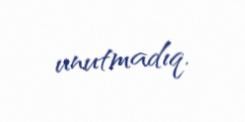
unutmadıq.